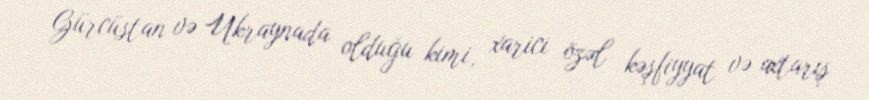
Gürcüstan və Ukraynada olduğu kimi, xarici özəl kəşfiyyat və axtarış